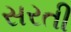
સરતી